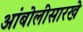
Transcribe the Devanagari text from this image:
आंबोलीसारखे